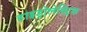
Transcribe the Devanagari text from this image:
हाइड्रोलेक्ट्रिक